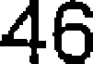
46